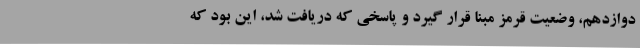
دوازدهم، وضعیت قرمز مبنا قرار گیرد و پاسخی که دریافت شد، این بود که